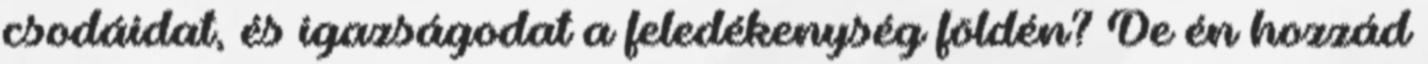
csodáidat, és igazságodat a feledékenység földén? De én hozzád